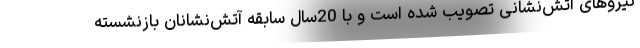
نیروهای آتش‌نشانی تصویب شده است و با 20سال سابقه آتش‌نشانان بازنشسته